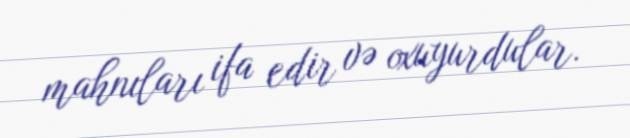
mahnıları ifa edir və oxuyurdular.